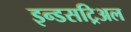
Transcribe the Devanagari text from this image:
इन्डसट्रिअल